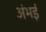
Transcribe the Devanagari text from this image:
अंभई